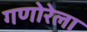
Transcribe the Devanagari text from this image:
गणोरेला